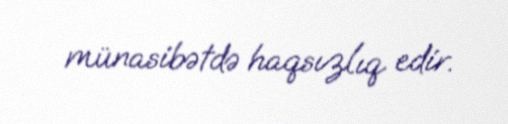
münasibətdə haqsızlıq edir.